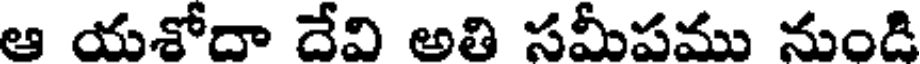
ఆ యశోదా దేవి అతి సమీపము నుండి